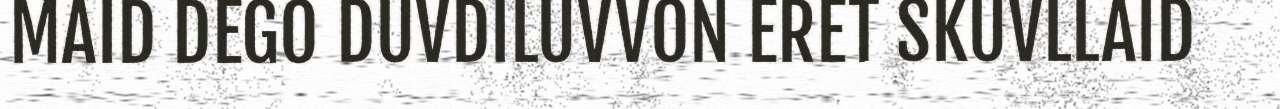
MAID DEGO DUVDILUVVON ERET SKUVLLAID